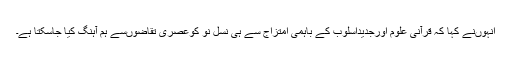
انہوںنے کہا کہ قرآنی علوم اورجدیداسلوب کے باہمی امتزاج سے ہی نسل نو کوعصری تقاضوںسے ہم آہنگ کیا جاسکتا ہے۔